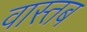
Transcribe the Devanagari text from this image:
वास्तब